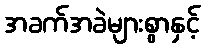
အခက်အခဲများစွာနှင့်